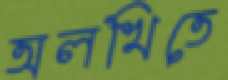
অলখিতে